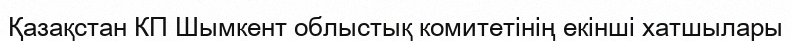
Қазақстан КП Шымкент облыстық комитетінің екінші хатшылары